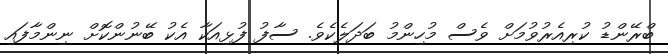
ބްރޭންޑު ކުރިއެރުވުމަށް ވެސް މުހިންމު ބަދަލެކެވެ. ސާފު ފުޅިއަކާ އެކު ބޭނުންކޮށް ނިންމާފައި